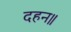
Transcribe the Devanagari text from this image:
दहन॥